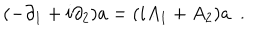
( - \partial _ { 1 } + i \partial _ { 2 } ) a = ( i A _ { 1 } + A _ { 2 } ) a ~ ~ .